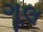
ગૂલ